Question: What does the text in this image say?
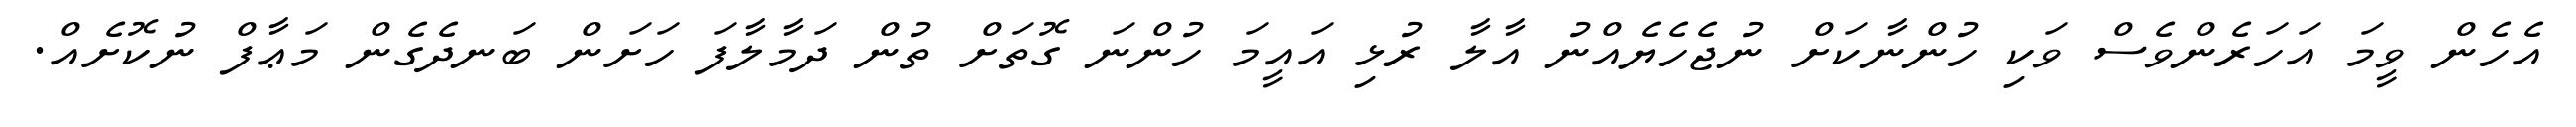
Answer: އެހެން ވީމަ އަހަރެންވެސް ވަކި ހުންނާކަށް ނުޖެހެޔެއްނު އާލާ ރުޅި އައީމަ ހުންނަ ގޮތަށް ތުން ދަމާލާފަ ހަށަން ބަނދެގެން މަޢާފް ނުކޮށެއް.